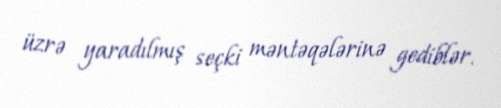
üzrə yaradılmış seçki məntəqələrinə gediblər.